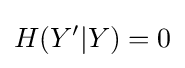
H(Y'|Y)=0